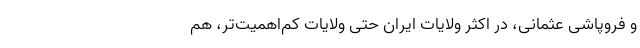
و فروپاشی عثمانی، در اکثر ولایات ایران حتی ولایات کم‌اهمیت‌تر، هم